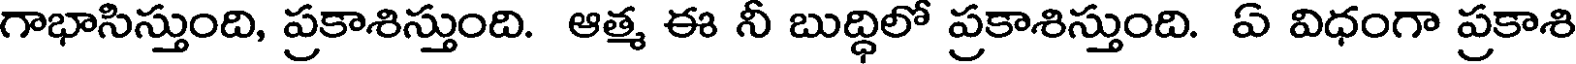
గాభాసిస్తుంది, ప్రకాశిస్తుంది. ఆత్మ ఈ నీ బుద్ధిలో ప్రకాశిస్తుంది. ఏ విధంగా ప్రకాశి